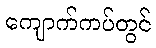
ကျောက်ကပ်တွင်